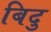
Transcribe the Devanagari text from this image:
बिदु